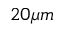
2 0 \mu m